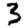
Digit: 3